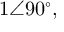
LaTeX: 1 \angle 9 0 ^ { \circ } ,